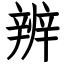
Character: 辨